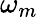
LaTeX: \omega_{m}